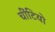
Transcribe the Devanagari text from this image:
चींटियो